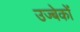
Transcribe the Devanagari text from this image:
उज्बेकों